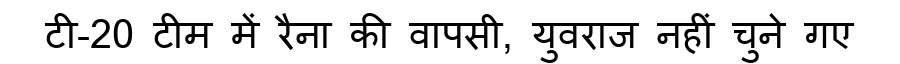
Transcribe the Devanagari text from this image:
टी-20 टीम में रैना की वापसी, युवराज नहीं चुने गए